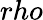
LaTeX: rho